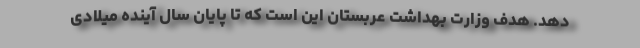
دهد. هدف وزارت بهداشت عربستان این است که تا پایان سال آینده میلادی